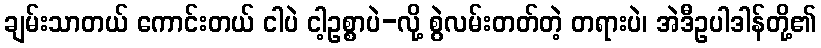
ချမ်းသာတယ် ကောင်းတယ် ငါပဲ ငါ့ဥစ္စာပဲ-လို့ စွဲလမ်းတတ်တဲ့ တရားပဲ၊ အဲဒီဥပါဒါန်တို့၏